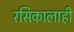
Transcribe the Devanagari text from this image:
रसिकालाही